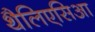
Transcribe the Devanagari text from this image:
थैलिएसिआ